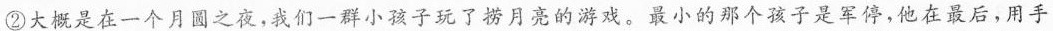
②大概是在一个月圆之夜，我们一群小孩子玩了捞月亮的游戏。最小的那个孩子是军停，他在最后，用手